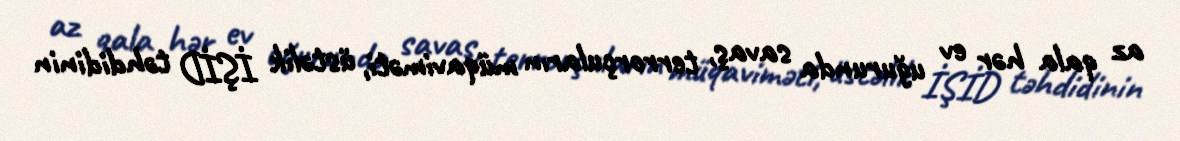
az qala hər ev uğurunda savaş, terrorçuların müqaviməti, üstəlik İŞİD təhdidinin